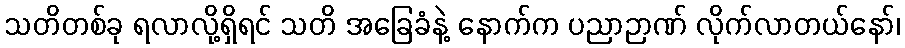
သတိတစ်ခု ရလာလို့ရှိရင် သတိ အခြေခံနဲ့ နောက်က ပညာဉာဏ် လိုက်လာတယ်နော်၊